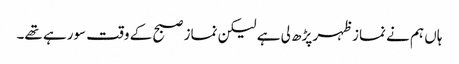
ہاں ہم نے نماز ظہر پڑھ لی ہے لیکن نماز صبح کے وقت سورہے تھے۔